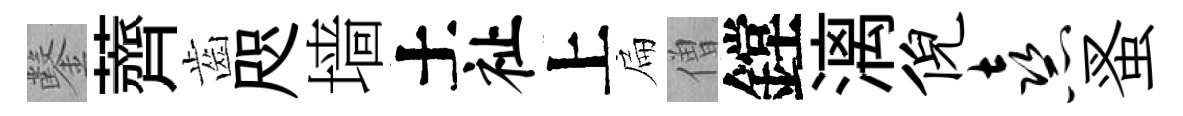
鑿薺齒咫墙土祉上扁僧鏜漓倪熹蚤